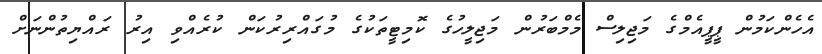
އެހެންކަމުން ޕީޕީއެމްގެ މަޖިިލިސް މެމްބަރުން މަޖިލީހުގެ ކޮމިޓީތަކުގެ މުގައްރިރުކަން ކުރެއްވި އިރު ރައްޔިތުންނަށް